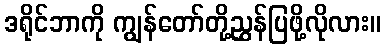
ဒရိုင်ဘာကို ကျွန်တော်တို့ညွှန်ပြဖို့လိုလား။